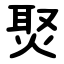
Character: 㷅